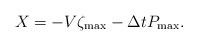
LaTeX: \begin{align*} X_{}=-V\zeta_{\max}-\Delta t P_{\max}.\end{align*}